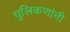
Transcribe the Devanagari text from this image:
धुलिकणांनी